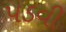
પડવી